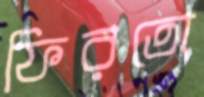
ফিরতো